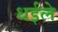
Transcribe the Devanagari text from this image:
धईले